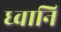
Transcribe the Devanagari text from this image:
ध्वानि